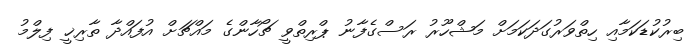
ބިރުކުޑަކަމާއި ހިތްވަރުގަދަކަމަށް މަޝްހޫރު ރަސްގެފާނު ޕްރިތްވީ ޗޯހާންގެ މައްޗަށް އުފައްދާ ތާރިޚީ ފިލްމު